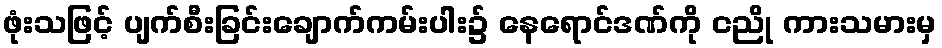
ဖုံးသဖြင့် ပျက်စီးခြင်းချောက်ကမ်းပါး၌ နေရောင်ဒဏ်ကို ငညို ကားသမားမှ